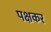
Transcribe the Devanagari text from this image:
पक्षकर